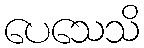
ပေသေသိ